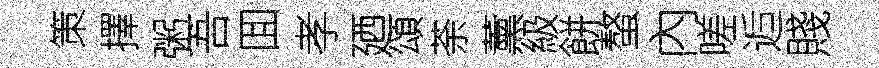
策擇粥吾囬孝廼頌荼薰級餅螯內嗟逅賤